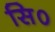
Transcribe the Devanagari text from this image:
सि०